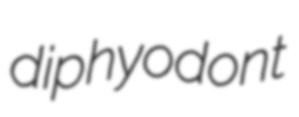
diphyodont